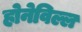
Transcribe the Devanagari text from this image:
होनेविल्ल